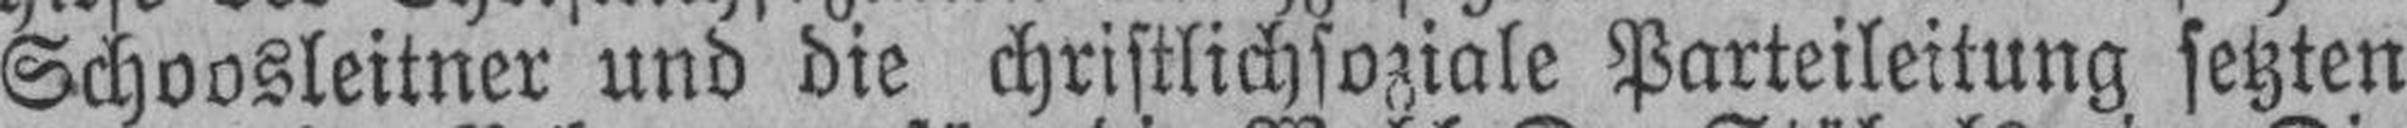
Schoosleitner und die christlichsoziale Parteileitung setzten